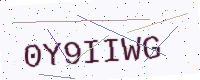
Text: 0Y9IIWG